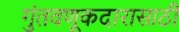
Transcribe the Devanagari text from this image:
गुंतवणूकदारासाठी